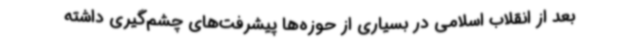
بعد از انقلاب اسلامی در بسیاری از حوزه‌ها پیشرفت‌های چشم‌گیری داشته